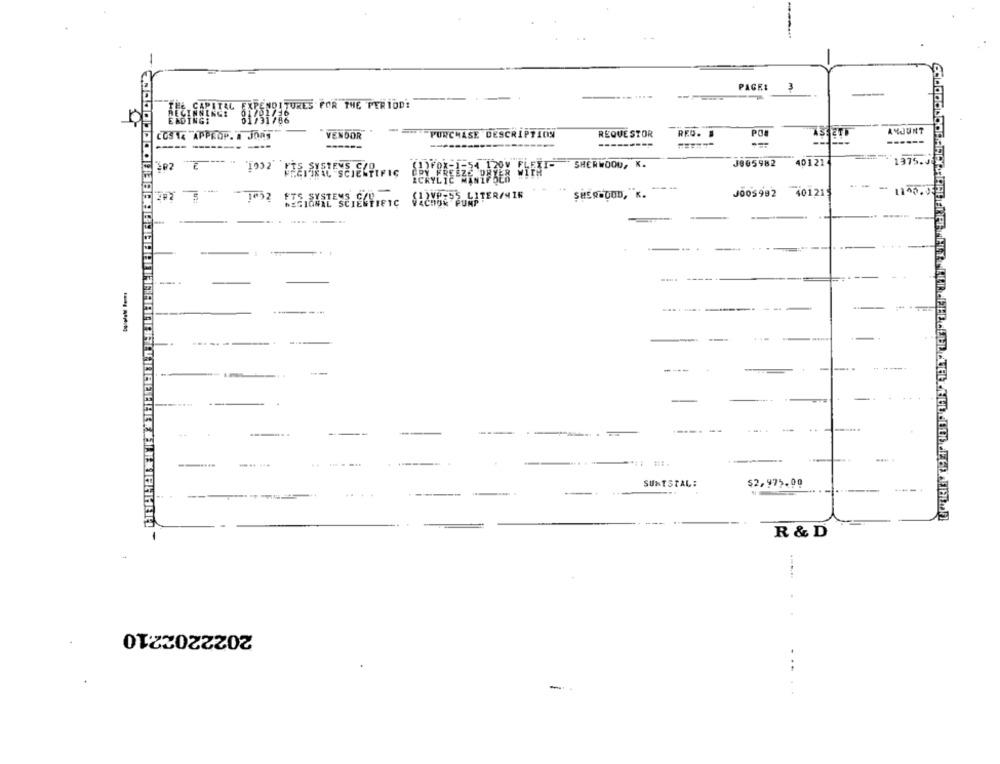
-
PAGE:
3
THE CAPITAL
--
SIESTDIZURES FOR THE PERIOD!
YJUNT
COS14 APPROP. A JORS
VENDOR
PURCHASE DESCRIPTION
REQUESTOR
RED. .
POL
-----
40121
137
SHERWOOD, K.
J005982
5
1032
J005992
401215
----
---
----
----
..
----
-.
-----
.... .
$2,975.00
SUNTSTAL:
-
R & D
2022202210
-